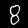
Digit: 8